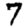
Digit: 7